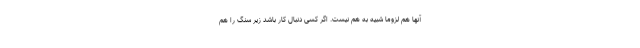
آنها هم لزوما شبیه به هم نیست. اگر کسی دنبال کار باشد زیر سنگ را هم